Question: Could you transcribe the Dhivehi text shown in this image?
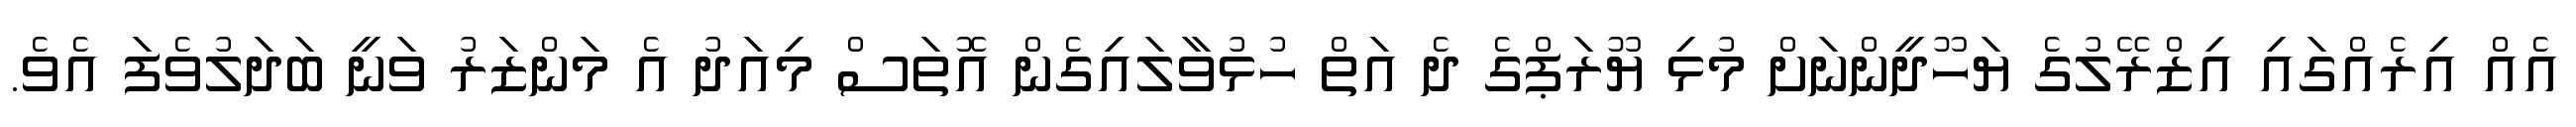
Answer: އެއް އިރެއްގައި އިޒްރޭލުގެ ޔަހޫދީންނަށް މުޅި ޔޫރަޕްގެ ދެ އަތް ހުޅުވާލައިގެން އޮތަސް މިއަދު އެ މަންޒަރު ވަނީ ބަދަލުވެފަ އެވެ.